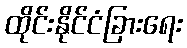
ထိုင်းနိုင်ငံခြားရေး